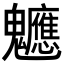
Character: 𮫪